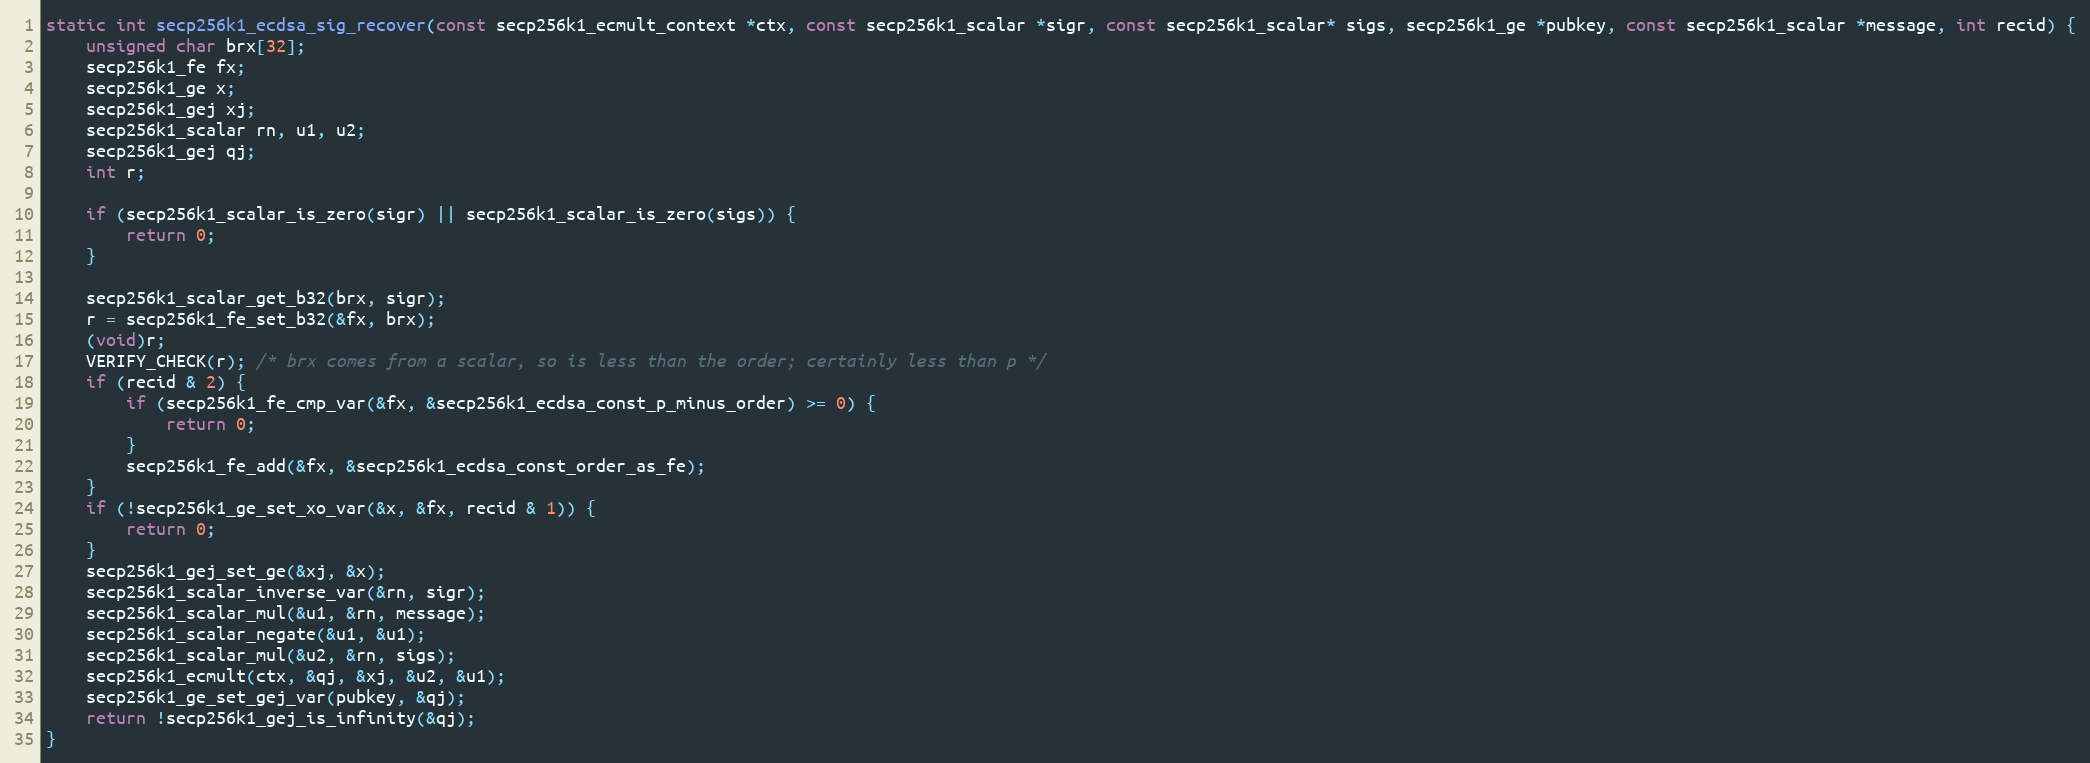
Language: C
static int secp256k1_ecdsa_sig_recover(const secp256k1_ecmult_context *ctx, const secp256k1_scalar *sigr, const secp256k1_scalar* sigs, secp256k1_ge *pubkey, const secp256k1_scalar *message, int recid) {
    unsigned char brx[32];
    secp256k1_fe fx;
    secp256k1_ge x;
    secp256k1_gej xj;
    secp256k1_scalar rn, u1, u2;
    secp256k1_gej qj;
    int r;

    if (secp256k1_scalar_is_zero(sigr) || secp256k1_scalar_is_zero(sigs)) {
        return 0;
    }

    secp256k1_scalar_get_b32(brx, sigr);
    r = secp256k1_fe_set_b32(&fx, brx);
    (void)r;
    VERIFY_CHECK(r); /* brx comes from a scalar, so is less than the order; certainly less than p */
    if (recid & 2) {
        if (secp256k1_fe_cmp_var(&fx, &secp256k1_ecdsa_const_p_minus_order) >= 0) {
            return 0;
        }
        secp256k1_fe_add(&fx, &secp256k1_ecdsa_const_order_as_fe);
    }
    if (!secp256k1_ge_set_xo_var(&x, &fx, recid & 1)) {
        return 0;
    }
    secp256k1_gej_set_ge(&xj, &x);
    secp256k1_scalar_inverse_var(&rn, sigr);
    secp256k1_scalar_mul(&u1, &rn, message);
    secp256k1_scalar_negate(&u1, &u1);
    secp256k1_scalar_mul(&u2, &rn, sigs);
    secp256k1_ecmult(ctx, &qj, &xj, &u2, &u1);
    secp256k1_ge_set_gej_var(pubkey, &qj);
    return !secp256k1_gej_is_infinity(&qj);
}